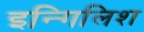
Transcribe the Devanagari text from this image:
इन्गिलिश